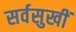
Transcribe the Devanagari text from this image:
सर्वसुखीं